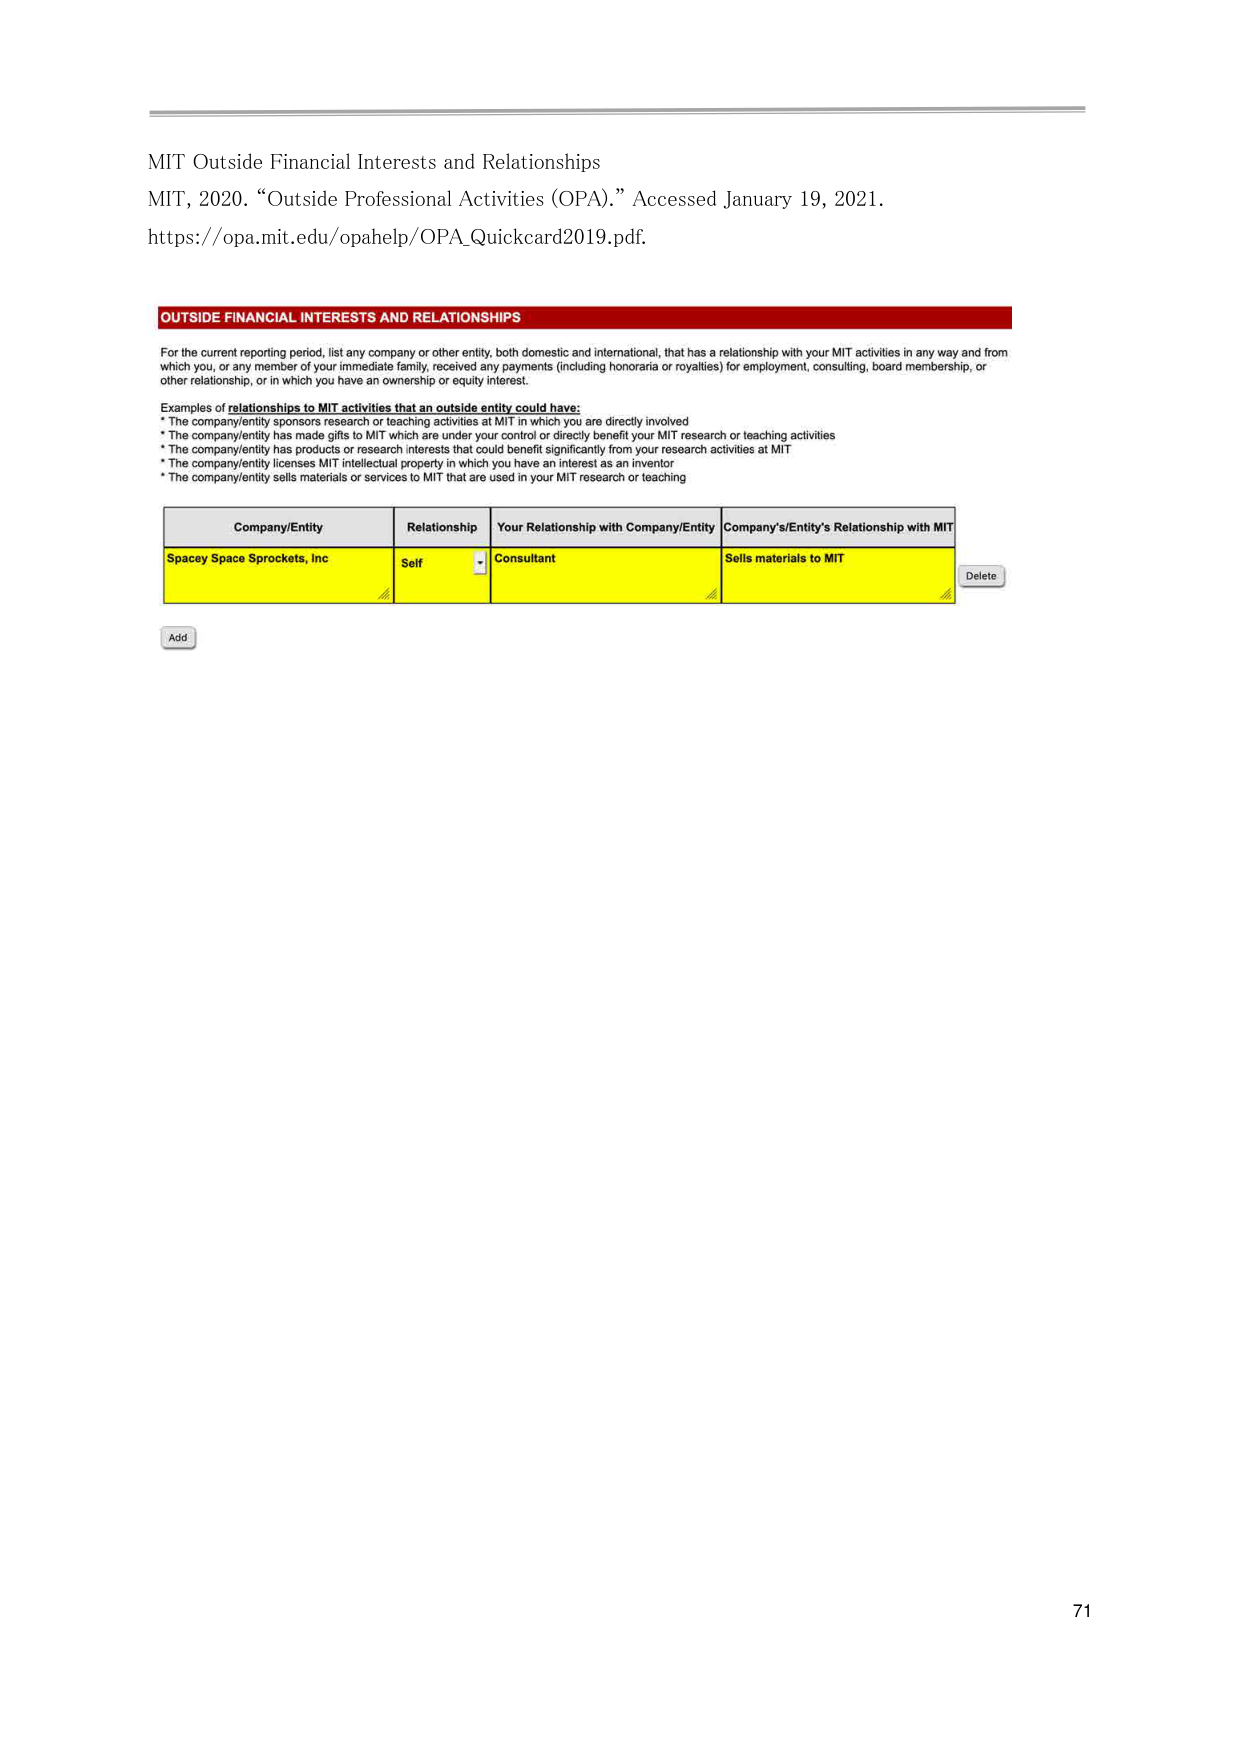
MIT Outside Financial Interests and Relationships
MIT, 2020. “Outside Professional Activities (OPA).” Accessed January 19, 2021.
https://opa.mit.edu/opahelp/OPA_Quickcard2019.pdf.

OUTSIDE FINANCIAL INTERESTS AND RELATIONSHIPS
For the current reporting period, list any company or other entity, both domestic and international, that has a relationship with your MIT activities in any way and from which you, or any member of your immediate family, received any payments (including honoraria or royalties) for employment, consulting, board membership, or other relationship, or in which you have an ownership or equity interest.

Examples of relationships to MIT activities that an outside entity could have:
* The company/entity sponsors research or teaching activities at MIT in which you are directly involved
* The company/entity has made gifts to MIT which are under your control or directly benefit your MIT research or teaching activities
* The company/entity has products or research interests that could benefit significantly from your research activities at MIT
* The company/entity licenses MIT intellectual property in which you have an interest as an inventor
* The company/entity sells materials or services to MIT that are used in your MIT research or teaching

Company/Entity          Relationship          Your Relationship with Company/Entity          Company's/Entity's Relationship with MIT
Spacey Space Sprockets, Inc   Self                Consultant                                   Sells materials to MIT

Add
Delete

71